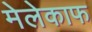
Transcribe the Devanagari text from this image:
मेलेकाफ